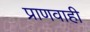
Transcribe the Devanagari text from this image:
प्राणवाही